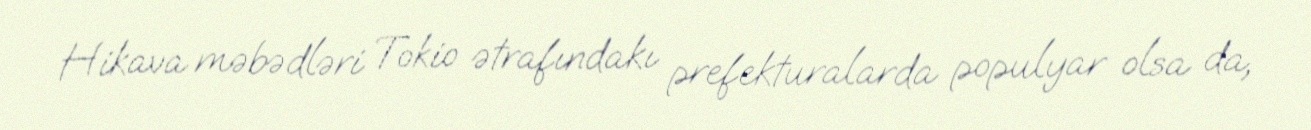
Hikava məbədləri Tokio ətrafındakı prefekturalarda populyar olsa da,